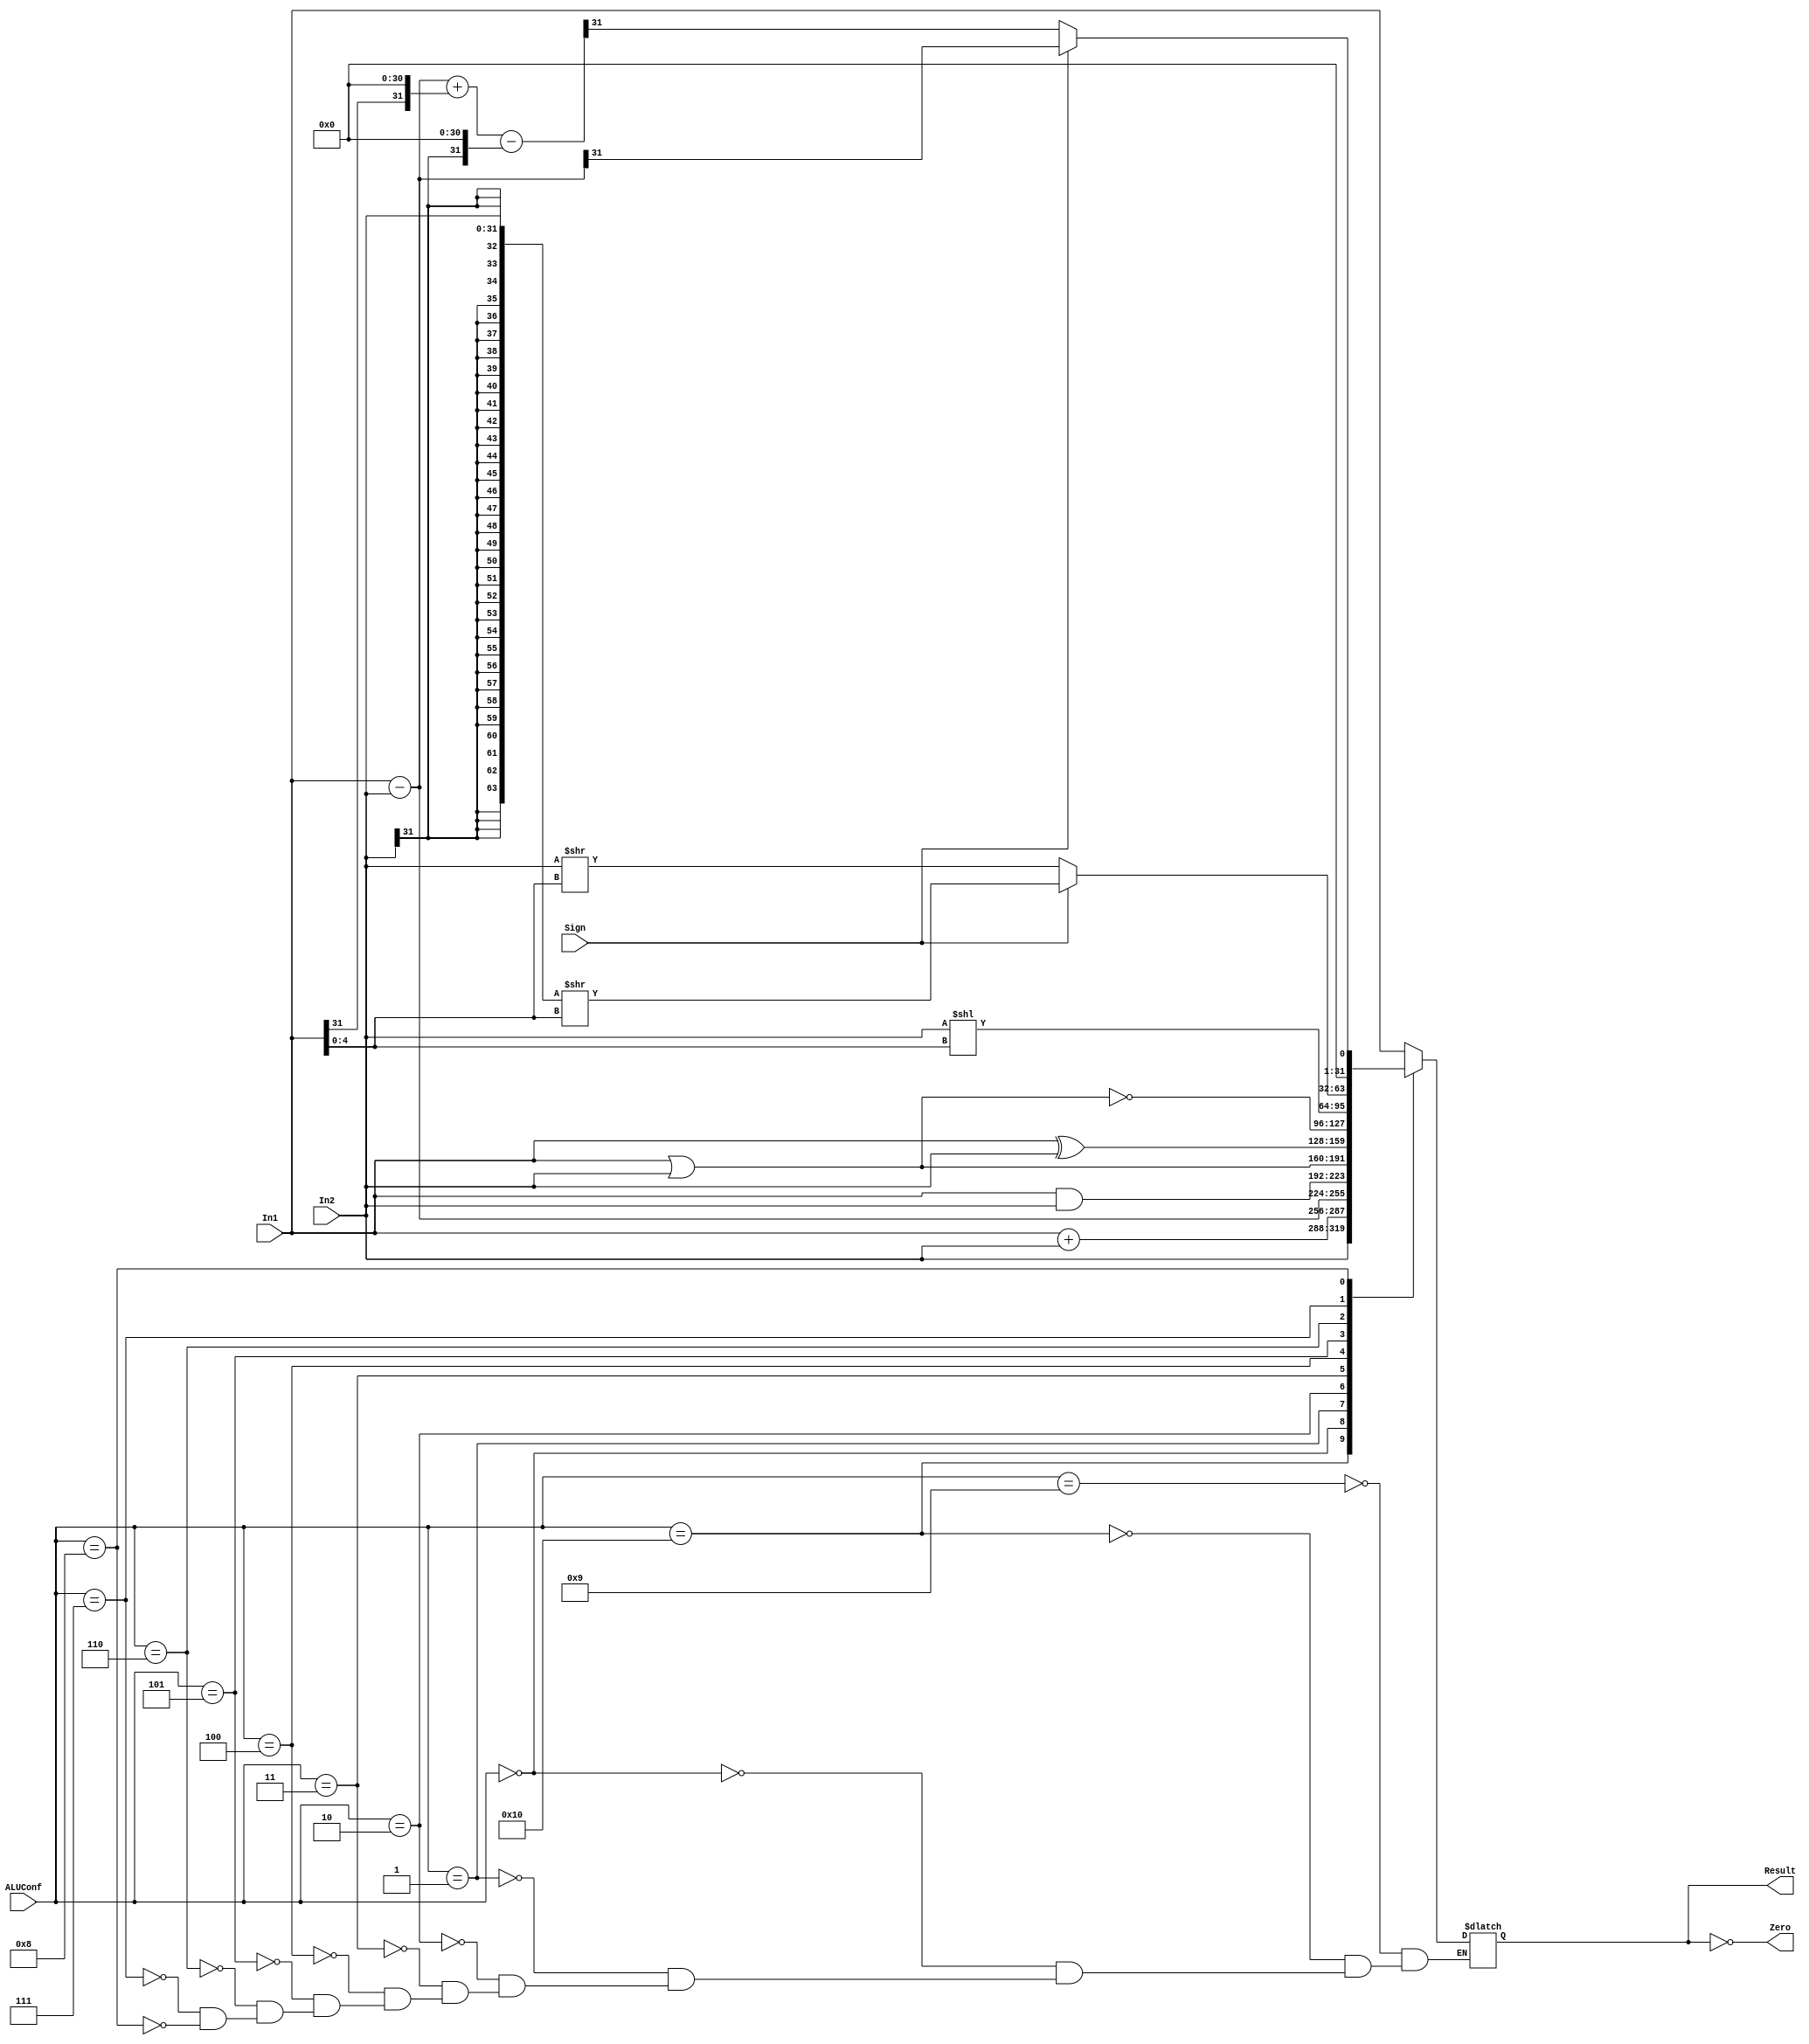
`timescale 1ns / 1ps

module ALU(ALUConf, Sign, In1, In2, Zero, Result);
    // Control Signals
    input [4:0] ALUConf;
    input Sign;
    // Input Data Signals
    input [31:0] In1;
    input [31:0] In2;
    // Resultput 
    output Zero;
    output reg [31:0] Result;

    //--------------Your code below-----------------------

    parameter ADD=5'h0;
	parameter SUB=5'h1;
	parameter AND=5'h2;
	parameter OR=5'h3;
	parameter XOR=5'h4;
	parameter NOR=5'h5;
	parameter SL=5'h6;
	parameter SR=5'h7;
	parameter SLT=5'h8;
	parameter NOP1=5'h9;
	parameter NOP2=5'h10;
	
	assign Zero=Result==0;
	always@(*)begin
		case(ALUConf)
			NOP1:begin
				Result<=In1;
			end
			NOP2:begin
				Result<=In2;
			end
			ADD:begin
				Result<=In1+In2;
			end
			SUB:begin
				Result<=In1-In2;
			end
			AND:begin
				Result<=In1&In2;
			end
			OR:begin
				Result<=In1|In2;
			end
			XOR:begin
				Result<=In1^In2;
			end
			NOR:begin
				Result<=~(In1|In2);
			end
			SL:begin
				Result<=In2<<In1[4:0];
			end
			SR:begin
				if(Sign==1)begin
					Result<={{32{In2[31]}},In2}>>In1[4:0];
				end
				else begin
					Result<=In2>>In1[4:0];
				end
			end
			SLT:begin
				if(Sign==1)begin
					Result<=(In1-In2)>>31;
				end
				else begin
					Result<=(In1-In2+{{In1[31]},{31{1'b0}}}-{{In2[31]},{31{1'b0}}})>>31;
				end
			end
			default:;
		endcase
	end
        
    //--------------Your code above-----------------------

endmodule